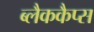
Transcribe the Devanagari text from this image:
ब्लैककैप्स